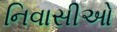
નિવાસીઓ